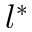
l ^ { * }